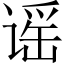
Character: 谣